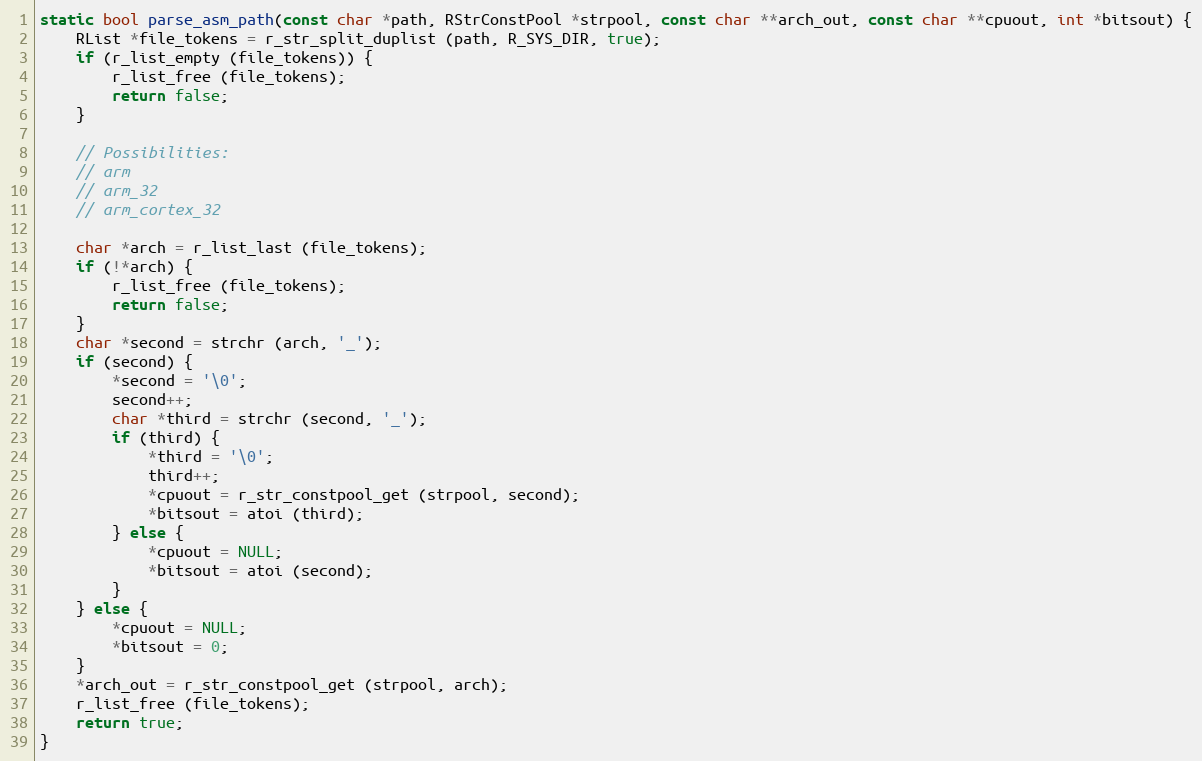
Language: C
static bool parse_asm_path(const char *path, RStrConstPool *strpool, const char **arch_out, const char **cpuout, int *bitsout) {
	RList *file_tokens = r_str_split_duplist (path, R_SYS_DIR, true);
	if (r_list_empty (file_tokens)) {
		r_list_free (file_tokens);
		return false;
	}

	// Possibilities:
	// arm
	// arm_32
	// arm_cortex_32

	char *arch = r_list_last (file_tokens);
	if (!*arch) {
		r_list_free (file_tokens);
		return false;
	}
	char *second = strchr (arch, '_');
	if (second) {
		*second = '\0';
		second++;
		char *third = strchr (second, '_');
		if (third) {
			*third = '\0';
			third++;
			*cpuout = r_str_constpool_get (strpool, second);
			*bitsout = atoi (third);
		} else {
			*cpuout = NULL;
			*bitsout = atoi (second);
		}
	} else {
		*cpuout = NULL;
		*bitsout = 0;
	}
	*arch_out = r_str_constpool_get (strpool, arch);
	r_list_free (file_tokens);
	return true;
}